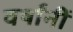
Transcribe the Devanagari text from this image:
वर्षांनीं